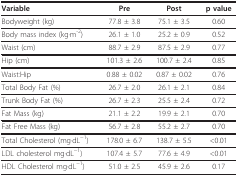
| Variable | Pre | Post | p value |
 | --- | --- | --- | --- |
 | Bodyweight (kg) | 77.8 ± 3.8 | 75.1 ± 3.5 | 0.60 |
 | Body mass index (kg·m-2) | 26.1 ± 1.0 | 25.2 ± 0.9 | 0.52 |
 | Waist (cm) | 88.7 ± 2.9 | 87.5 ± 2.9 | 0.77 |
 | Hip (cm) | 101.3 ± 2.6 | 100.7 ± 2.4 | 0.85 |
 | Waist:Hip | 0.88 ± 0.02 | 0.87 ± 0.02 | 0.76 |
 | Total Body Fat (%) | 26.7 ± 2.0 | 26.1 ± 2.1 | 0.84 |
 | Trunk Body Fat (%) | 26.7 ± 2.3 | 25.5 ± 2.4 | 0.72 |
 | Fat Mass (kg) | 21.1 ± 2.2 | 19.9 ± 2.1 | 0.70 |
 | Fat Free Mass (kg) | 56.7 ± 2.8 | 55.2 ± 2.7 | 0.70 |
 | Total Cholesterol (mg·dL−1) | 178.0 ± 6.7 | 138.7 ± 5.5 | <0.01 |
 | LDL cholesterol mg·dL−1) | 107.4 ± 5.7 | 77.6 ± 4.9 | <0.01 |
 | HDL Cholesterol mg·dL−1) | 51.0 ± 2.5 | 45.9 ± 2.6 | 0.17 |